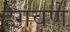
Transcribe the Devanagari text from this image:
हगवणे